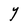
Character: Y